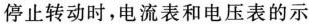
停止转动时，电流表和电压表的示